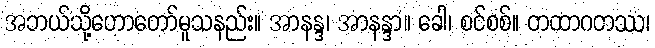
အဘယ်သို့ဟောတော်မူသနည်း။ အာနန္ဒ၊ အာနန္ဒာ။ ခေါ၊ စင်စစ်။ တထာဂတဿ၊